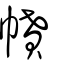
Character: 幩